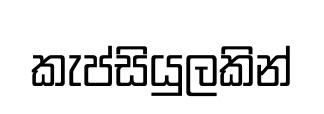
කැප්සියුලකින්